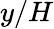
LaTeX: y/H